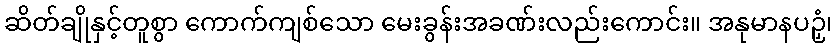
ဆိတ်ချိုနှင့်တူစွာ ကောက်ကျစ်သော မေးခွန်းအခဏ်းလည်းကောင်း။ အနုမာနပဉှံ၊